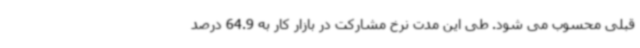
قبلی محسوب می شود. طی این مدت نرخ مشارکت در بازار کار به 64.9 درصد